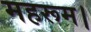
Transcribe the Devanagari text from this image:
महरूम।